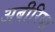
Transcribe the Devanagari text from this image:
अबीरिया